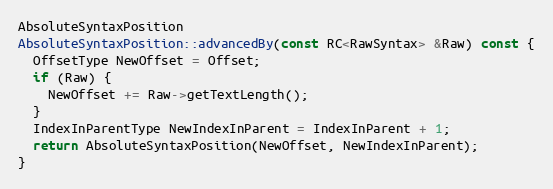
Language: C++
AbsoluteSyntaxPosition
AbsoluteSyntaxPosition::advancedBy(const RC<RawSyntax> &Raw) const {
  OffsetType NewOffset = Offset;
  if (Raw) {
    NewOffset += Raw->getTextLength();
  }
  IndexInParentType NewIndexInParent = IndexInParent + 1;
  return AbsoluteSyntaxPosition(NewOffset, NewIndexInParent);
}